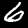
Label: 6